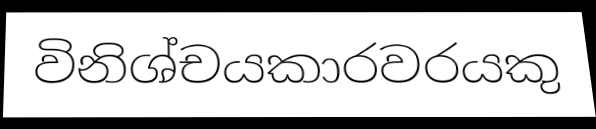
විනිශ්චයකාරවරයකු